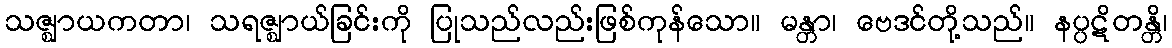
သဇ္ဈာယကတာ၊ သရဇ္ဈာယ်ခြင်းကို ပြုသည်လည်းဖြစ်ကုန်သော။ မန္တာ၊ ဗေဒင်တို့သည်။ နပ္ပဋိတန္တိ၊